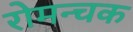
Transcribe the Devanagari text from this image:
रोमन्चक